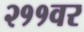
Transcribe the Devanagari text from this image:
२११वर